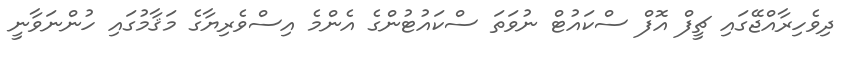
ދިވެހިރާއްޖޭގައި ޗީފް އޮފް ސްކައުޓް ނުވަތަ ސްކައުޓުންގެ އެންމެ އިސްވެރިޔާގެ މަޤާމުގައި ހުންނަވާނީ